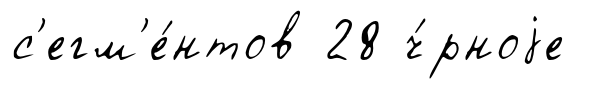
с'егм'е́нтов 28 ч́рноjе